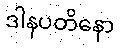
ဒါနပတိနော